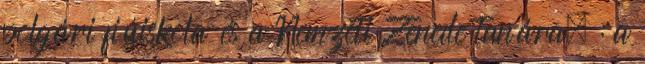
polgári fiúiskola és a Nemzeti Zenede tanára, : a